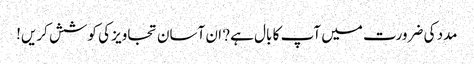
مدد کی ضرورت میں آپ کا بال ہے? ان آسان تجاویز کی کوشش کریں!